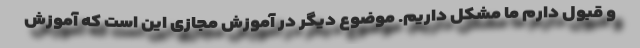
و قبول دارم ما مشکل داریم. موضوع دیگر در آموزش مجازی این است که آموزش